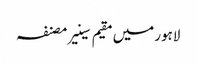
لاہور میں مقیم سینیر مصنفہ